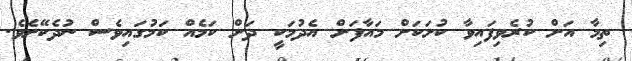
ތިމާ އަށް ކުރެވިފައިވާ ކުށަކަށް މައާފަށް އެދުމަކީ ދަށް ކަމެއް ކަމުގައިވެސް ނުދެކޭށެވެ.